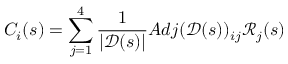
C _ { i } ( s ) = \sum _ { j = 1 } ^ { 4 } \frac { 1 } { | \mathscr { D } ( s ) | } A d j ( \mathscr { D } ( s ) ) _ { i j } \mathscr { R } _ { j } ( s )